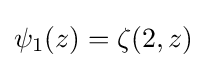
\psi _{1}(z)=\zeta (2,z)